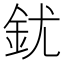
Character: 䤞